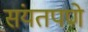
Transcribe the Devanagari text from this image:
संयतपणे